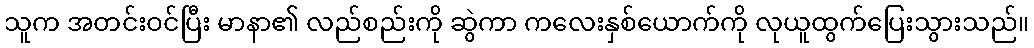
သူက အတင်းဝင်ပြီး မာနာ၏ လည်စည်းကို ဆွဲကာ ကလေးနှစ်ယောက်ကို လုယူထွက်ပြေးသွားသည်။